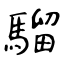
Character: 騮